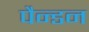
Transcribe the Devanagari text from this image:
पैन्डन